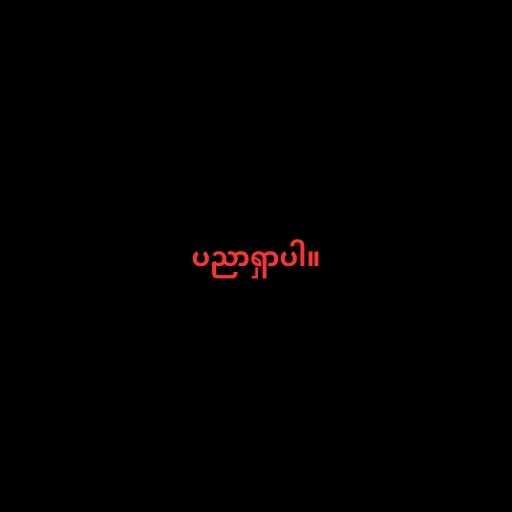
ပညာရှာပါ။